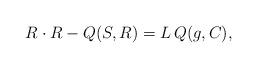
LaTeX: \begin{align*}R \cdot R - Q(S,R) = L\, Q(g,C) , \end{align*}